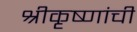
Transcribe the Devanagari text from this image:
श्रीकृष्णांची